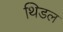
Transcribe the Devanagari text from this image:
थिडल